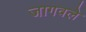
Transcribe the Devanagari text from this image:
जागवले